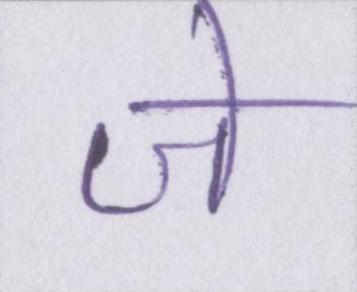
जे